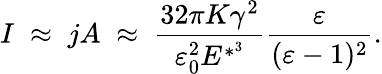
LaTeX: I\; \approx\; jA\; \approx\; \frac{32\pi K\gamma^{2}}{\varepsilon_{0}^{2}E^{*^{3}}}\frac{\varepsilon}{(\varepsilon-1)^{2}}.